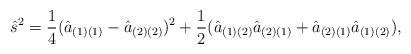
LaTeX: \begin{align*}{\hat s}^{2}={1 \over 4}({\hat a}_{(1)(1)}-{\hat a}_{(2)(2)})^{2}+{1 \over 2}({\hat a}_{(1)(2)}{\hat a}_{(2)(1)}+{\hat a}_{(2)(1)}{\hat a}_{(1)(2)}),\end{align*}